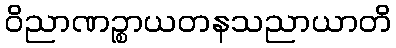
ဝိညာဏဉ္စာယတနသညာယာတိ